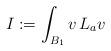
LaTeX: \begin{align*}I := \int_{B_1} v\,L_a v\end{align*}